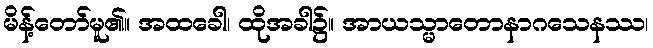
မိန့်တော်မူ၏။ အထခေါ၊ ထိုအခါ၌။ အာယသ္မာတောနာဂသေနဿ၊